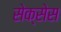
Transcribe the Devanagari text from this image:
सेक्सेस